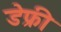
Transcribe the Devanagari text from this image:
डेफ्री